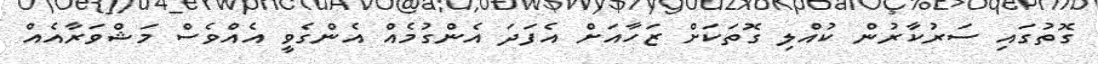
ގޮތުގައި ސަރުކާރުން ކުއްލި ގޮތަަކަށް ޒަހާއަށް އެފަދަ އެންގުމެއް އެންގެވީ އެއްވެސް މަޝްވަރާއެއް